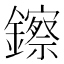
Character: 鑔